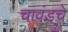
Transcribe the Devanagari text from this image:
चावंडचे